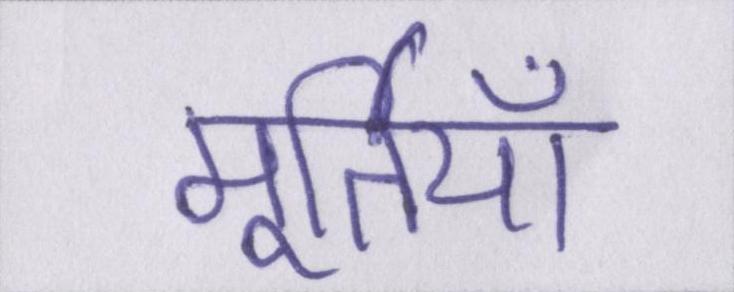
मूर्तियाँ